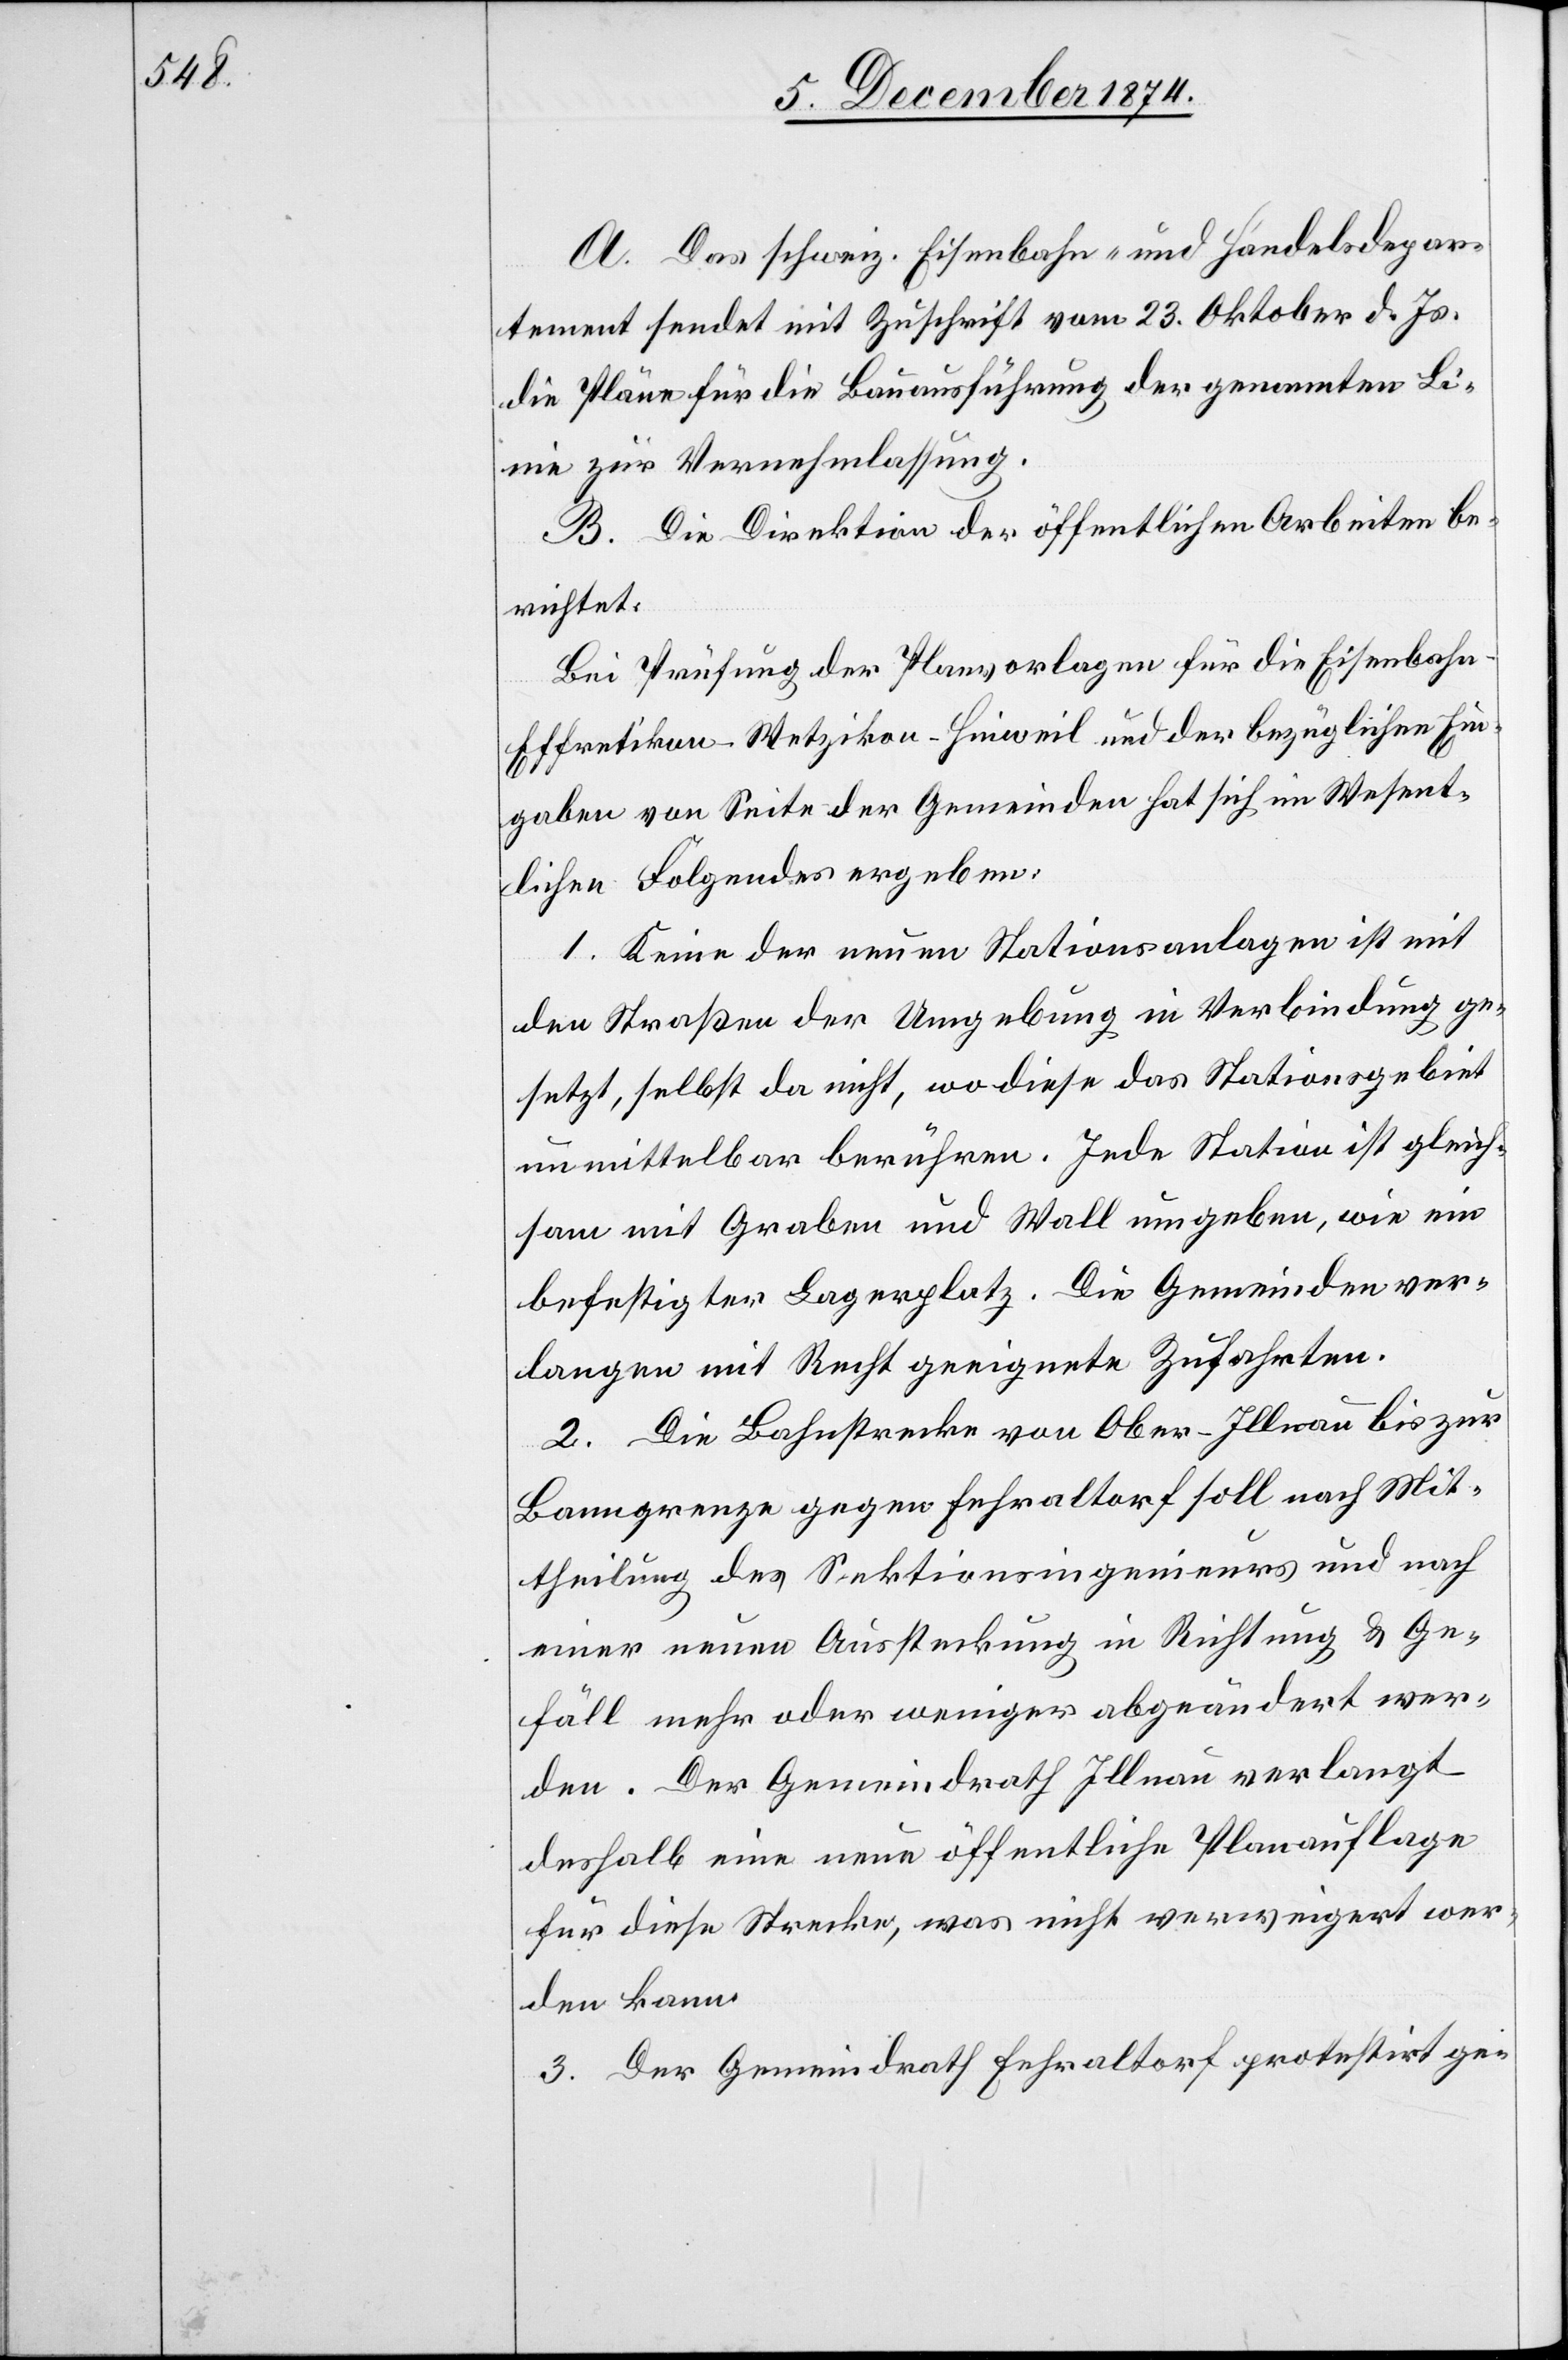
A. Das schweiz. Eisenbahn- und Handelsdepar¬
tement sendet mit Zuschrift vom 23. Oktober d. Js.
die Pläne für die Bauausführung der genannten L¬
inie zur Vernehmlassung.
B. Die Direktion der öffentlichen Arbeiten be¬
richtet:
Bei Prüfung der Planvorlagen für die Eisenbahn
Effretikon–Wetzikon–Hinweil und der bezüglichen Ein¬
gaben von Seite der Gemeinden hat sich im Wesent¬
lichen Folgendes ergeben:
1. Keine der neuen Stationsanlagen ist mit
den Straßen der Umgebung in Verbindung ge¬
setzt, selbst da nicht, wo diese das Stationsgebiet
unmittelbar berühren. Jede Station ist gleich¬
sam mit Graben und Wall umgeben, wie ein
befestigter Lagerplatz. Die Gemeinden ver¬
langen mit Recht geeignete Zufahrten.
2. Die Bahnstrecke von Ober-Illnau bis zur
Banngrenze gegen Fehraltorf soll nach Mit¬
theilung des Sektionsingenieurs und nach
einer neuen Aussteckung in Richtung & Ge¬
fäll mehr oder weniger abgeändert wer¬
den. Der Gemeindrath Illnau verlangt
deshalb eine neue öffentliche Planauflage
für diese Strecke, was nicht verweigert wer¬
den kann.
3. Der Gemeindrath Fehraltorf protestirt ge-